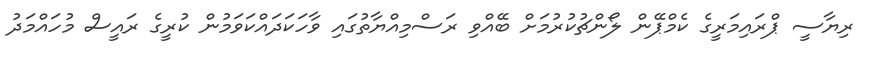
ރިޔާސީ ޕްރައިމަރީގެ ކެމްޕޭން ލޯންޗުކުރުމަށް ބޭއްވި ރަސްމިއްޔާތުގައި ވާހަކަދައްކަވަމުން ކުރީގެ ރައީސް މުހައްމަދު